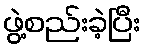
ဖွဲ့စည်းခဲ့ပြီး